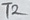
Text: T2